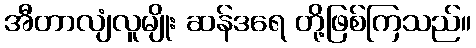
အီတာလျံလူမျိုး ဆန်ဒရေ တို့ဖြစ်ကြသည်။